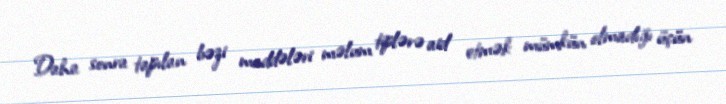
Daha sonra tapılan bəzi maddələri məlum tiplərə aid etmək mümkün olmadığı üçün